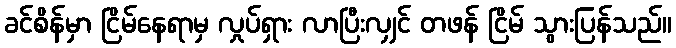
ခင်စိန်မှာ ငြိမ်နေရာမှ လှုပ်ရှား လာပြီးလျှင် တဖန် ငြိမ် သွားပြန်သည်။